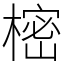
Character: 樒